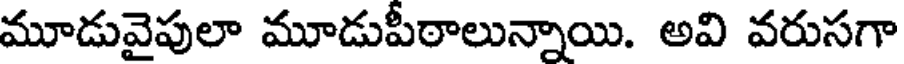
మూడువైపులా మూడుపీఠాలున్నాయి. అవి వరుసగా